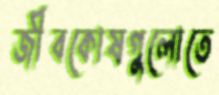
জীবকোষগুলোতে